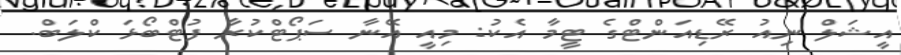
އީޝަލް ނިއު ރޭޑިއަންޓްގެ ޓީމާ އެކު: މިއީ އޭނާ ސަޕޯޓްކުރާ ފުޓްބޯޅަ ކްލަބް.